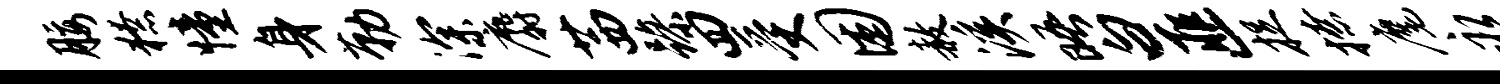
腰獠憧身勒深麝茜躁四受困赦溪晤白匪捉撩麾永